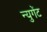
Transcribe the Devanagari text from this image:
न्युगेंट